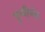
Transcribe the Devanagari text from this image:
पृथ्वीचंद